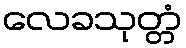
လေခသုတ္တံ